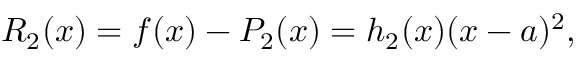
R _ { 2 } ( x ) = f ( x ) - P _ { 2 } ( x ) = h _ { 2 } ( x ) ( x - a ) ^ { 2 } ,